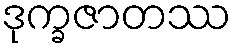
ဒုက္ခဇာတဿ